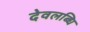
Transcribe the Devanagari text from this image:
देवलब्धि